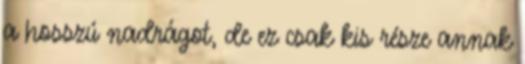
a hosszú nadrágot, de ez csak kis része annak